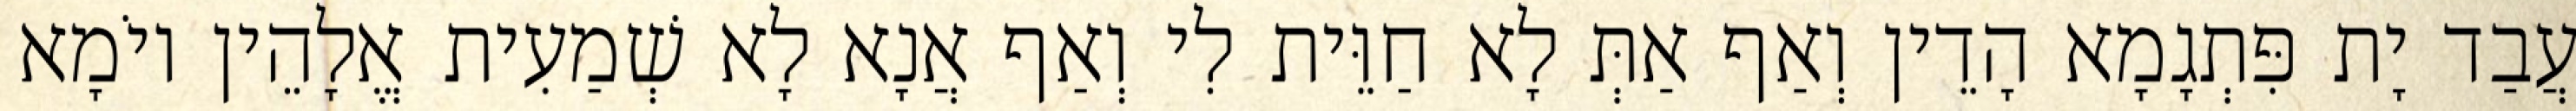
עֲבַד יָת פִּתְגָמָא הָדֵין וְאַף אַתְּ לָא חַוֵּית לִי וְאַף אֲנָא לָא שְׁמַעִית אֱלָהֵין יוֹמָא